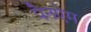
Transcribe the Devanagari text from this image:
पैनऐम